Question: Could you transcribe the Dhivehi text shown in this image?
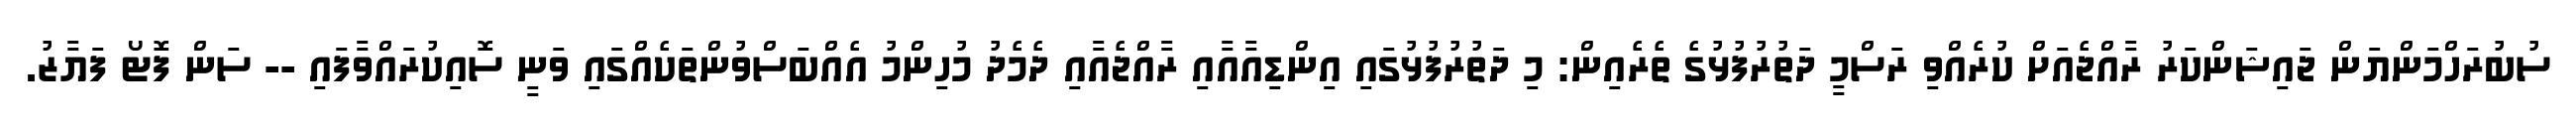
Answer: ސުބުރަހްމަންޔަން ޖައިޝަންކަރު ރާއްޖެއަށް ކުރެއްވި ރަސްމީ ދަތުރުފުޅުގެ ތެރެއިން: މި ދަތުރުފުޅުގައި އިންޑިއާއާއި ރާއްޖެއާއި ދެމެދު މުހިންމު އެއްބަސްވުންތަކެއްގައި ވަނީ ސޮއިކުރައްވާފައި -- ސަން ފޮޓޯ ފަޔާޒު.